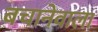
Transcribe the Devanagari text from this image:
बचानेवाला